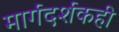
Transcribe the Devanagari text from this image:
मार्गदर्शकही